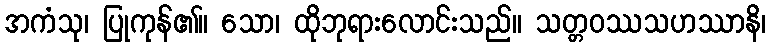
အကံသု၊ ပြုကုန်၏။ သော၊ ထိုဘုရားလောင်းသည်။ သတ္တဝဿသဟဿာနိ၊